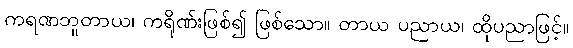
ကရဏဘူတာယ၊ ကရိုဏ်းဖြစ်၍ ဖြစ်သော။ တာယ ပညာယ၊ ထိုပညာဖြင့်။